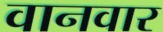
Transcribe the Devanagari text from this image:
वानवार